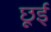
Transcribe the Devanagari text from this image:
छूई